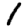
Digit: 1